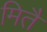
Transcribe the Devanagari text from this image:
मितै